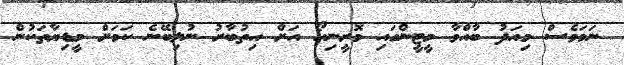
ނަމަވެސް މިއަދު ބާއްވާ މީޓީންގައި މޮރީނިއޯ އަށް އިތުބާރު ނުލިބޭނެ ކަމަށް މީޑިޔާތަކުން